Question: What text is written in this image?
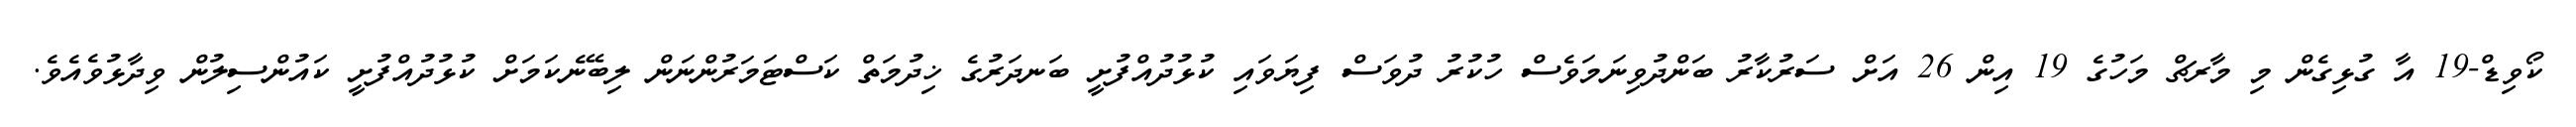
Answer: ކޯވިޑް-19 އާ ގުޅިގެން މި މާރޗް މަހުގެ 19 އިން 26 އަށް ސަރުކާރު ބަންދުވިނަމަވެސް ހުކުރު ދުވަސް ފިޔަވައި ކުޅުދުއްފުށީ ބަނދަރުގެ ޚިދުމަތް ކަސްޓަމަރުންނަން ލިބޭނެކަމަށް ކުޅުދުއްފުށީ ކައުންސިލުން ވިދާޅުވެއެވެ.